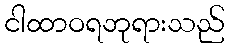
ငါထာဝရဘုရားသည်